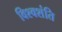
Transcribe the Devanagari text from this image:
विश्वशंति